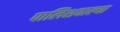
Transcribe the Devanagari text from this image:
पालिशवाल्या